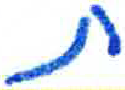
אות: ת